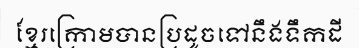
ខ្មែរក្រោមបានប្រដូចទៅនឹងទឹកដី